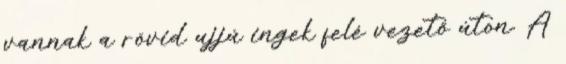
vannak a rövid ujjú ingek felé vezető úton. A